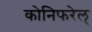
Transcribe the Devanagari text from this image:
कोनिफरेल्